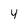
Character: 4